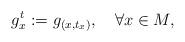
LaTeX: \begin{align*}g_{x}^{t}:=g_{(x,t_{x})},~\ \ \forall x\in M, \end{align*}